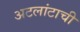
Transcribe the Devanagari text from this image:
अटलांटाची